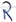
Text: R